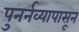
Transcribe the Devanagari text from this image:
पुनर्नव्यापासून